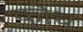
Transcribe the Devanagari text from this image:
कोध